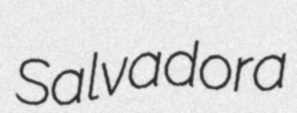
Salvadora